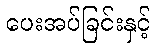
ပေးအပ်ခြင်းနှင့်